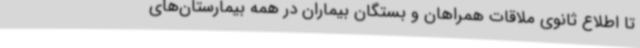
تا اطلاع ثانوی ملاقات همراهان و بستگان بیماران در همه بیمارستان‌های